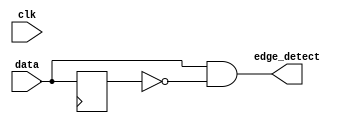
module edge_detector(
    input  data,  input clk,
    output edge_detect  
    );
	    reg data_d;   
	always @ (posedge clock) begin
		data_d <= data;
	end
	assign edge_detect = data & ~data_d;            
endmodule